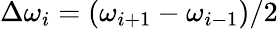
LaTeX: \Delta\omega_{i}=(\omega_{i+1}-\omega_{i-1})/2